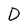
Character: D